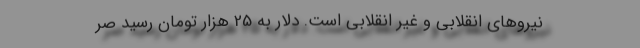
نیرو‌های انقلابی و غیر انقلابی است. دلار به 25 هزار تومان رسید صر